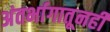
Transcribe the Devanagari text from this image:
अंतर्भागातूनही